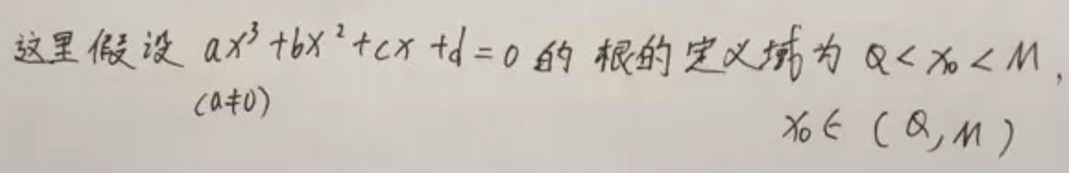
这里假设 \(ax^{3}+bx^{2}+cx + d = 0\) 的根的定义域为 \(\alpha<x_{0}<M\)，
\((a\neq0)\)
\(x_{0}\in(\alpha,M)\)